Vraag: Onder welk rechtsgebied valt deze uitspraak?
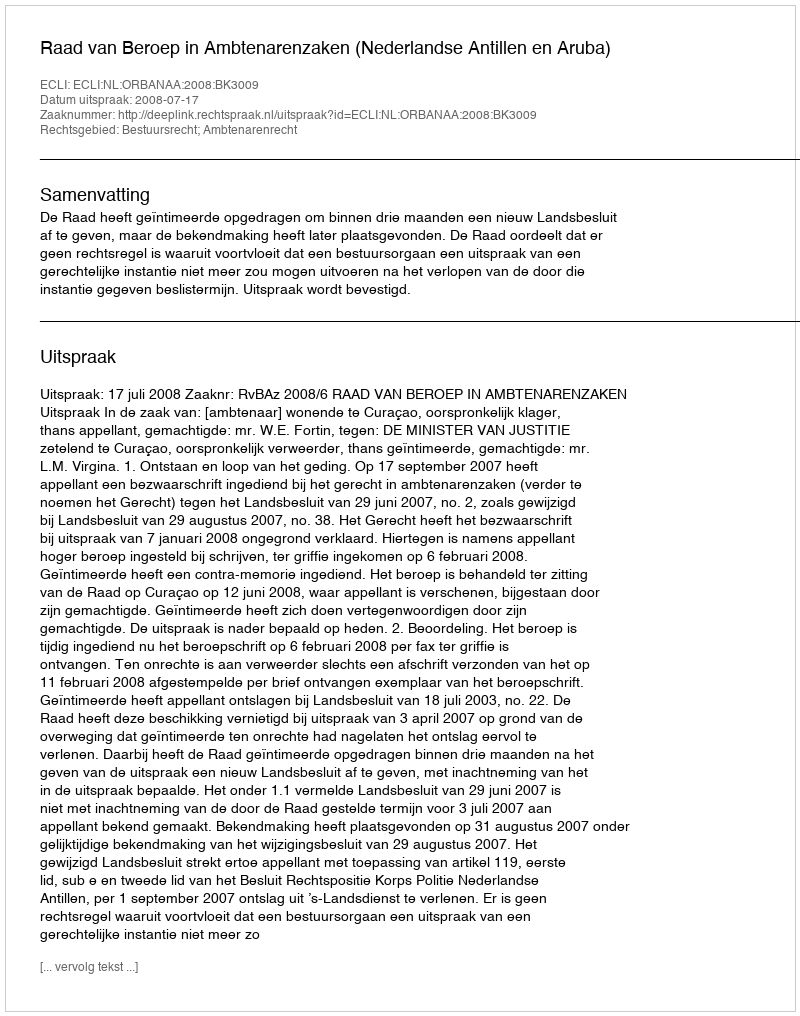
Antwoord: Bestuursrecht; Ambtenarenrecht